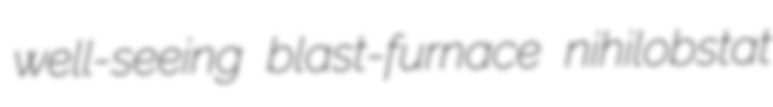
well-seeing blast-furnace nihilobstat